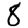
Digit: 8